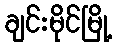
ချင်းမိုင်မြို့